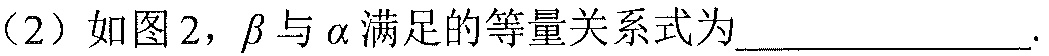
(2) 如图2，$\beta$与$\alpha$满足的等量关系式为____________.